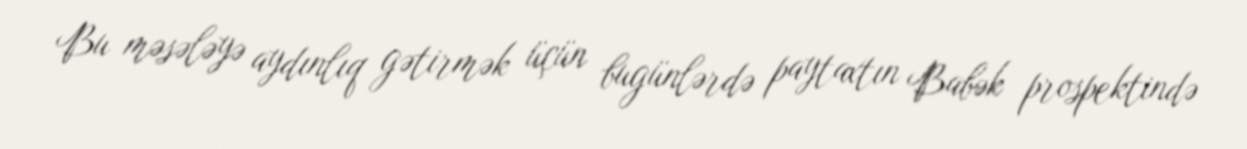
Bu məsələyə aydınlıq gətirmək üçün bugünlərdə paytaxtın Babək prospektində